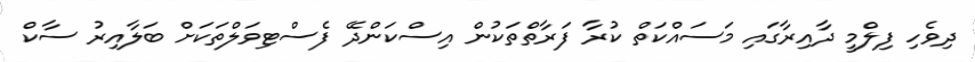
ދިވެހި ފިލްމީ ދާއިރާގައި މަސައްކަތް ކުރާ ފަރާތްތަކުން އިސްކަންދޭ ފެސްޓިވަލްތަކަށް ބަލާއިރު ސާކް